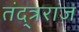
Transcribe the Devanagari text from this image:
तंद्त्रराज